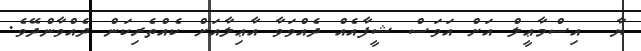
ޔާ  އިސްމާޢީލް އަށް އަވަސް ޝީފާއެއް ދެއްވަވާ އާޢިލާއަށް ކެއްތެރިކަން ދެއްވާންދޭވެ.